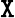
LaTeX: \mathtt{X}